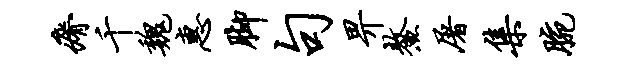
瘠千魏惠脚句畀鳌屠集腕